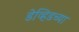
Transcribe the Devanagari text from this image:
डेव्हिडच्या